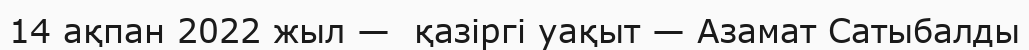
14 ақпан 2022 жыл —  қазіргі уақыт — Азамат Сатыбалды